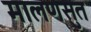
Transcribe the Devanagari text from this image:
मालणसुत